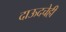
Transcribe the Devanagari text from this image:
दाऊदचेही